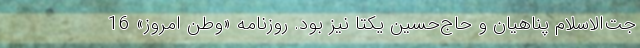
جت‌الاسلام پناهیان و حاج‌حسین یکتا نیز بود. روزنامه «وطن امروز» 16